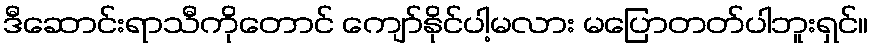
ဒီဆောင်းရာသီကိုတောင် ကျော်နိုင်ပါ့မလား မပြောတတ်ပါဘူးရှင်။